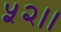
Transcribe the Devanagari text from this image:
५२।।